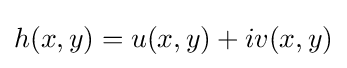
h(x,y)=u(x,y)+iv(x,y)